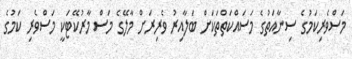
މަސްވެރިކަމުގެ ސިނާއަތުގެ މަސައްކަތްތަކަށް ބަލާއިރު ވެރިރަށް މާލޭގެ މަސް މާރުކޭޓަކީ މަސްވެރި ކަމުގެ